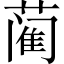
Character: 蔺